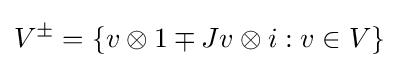
V^{\pm }=\{v\otimes 1\mp Jv\otimes i:v\in V\}